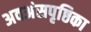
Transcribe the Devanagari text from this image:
अवअंसपृष्ठिका